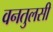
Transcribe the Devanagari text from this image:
वनतुलसी